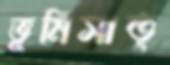
ভূমিসাত্